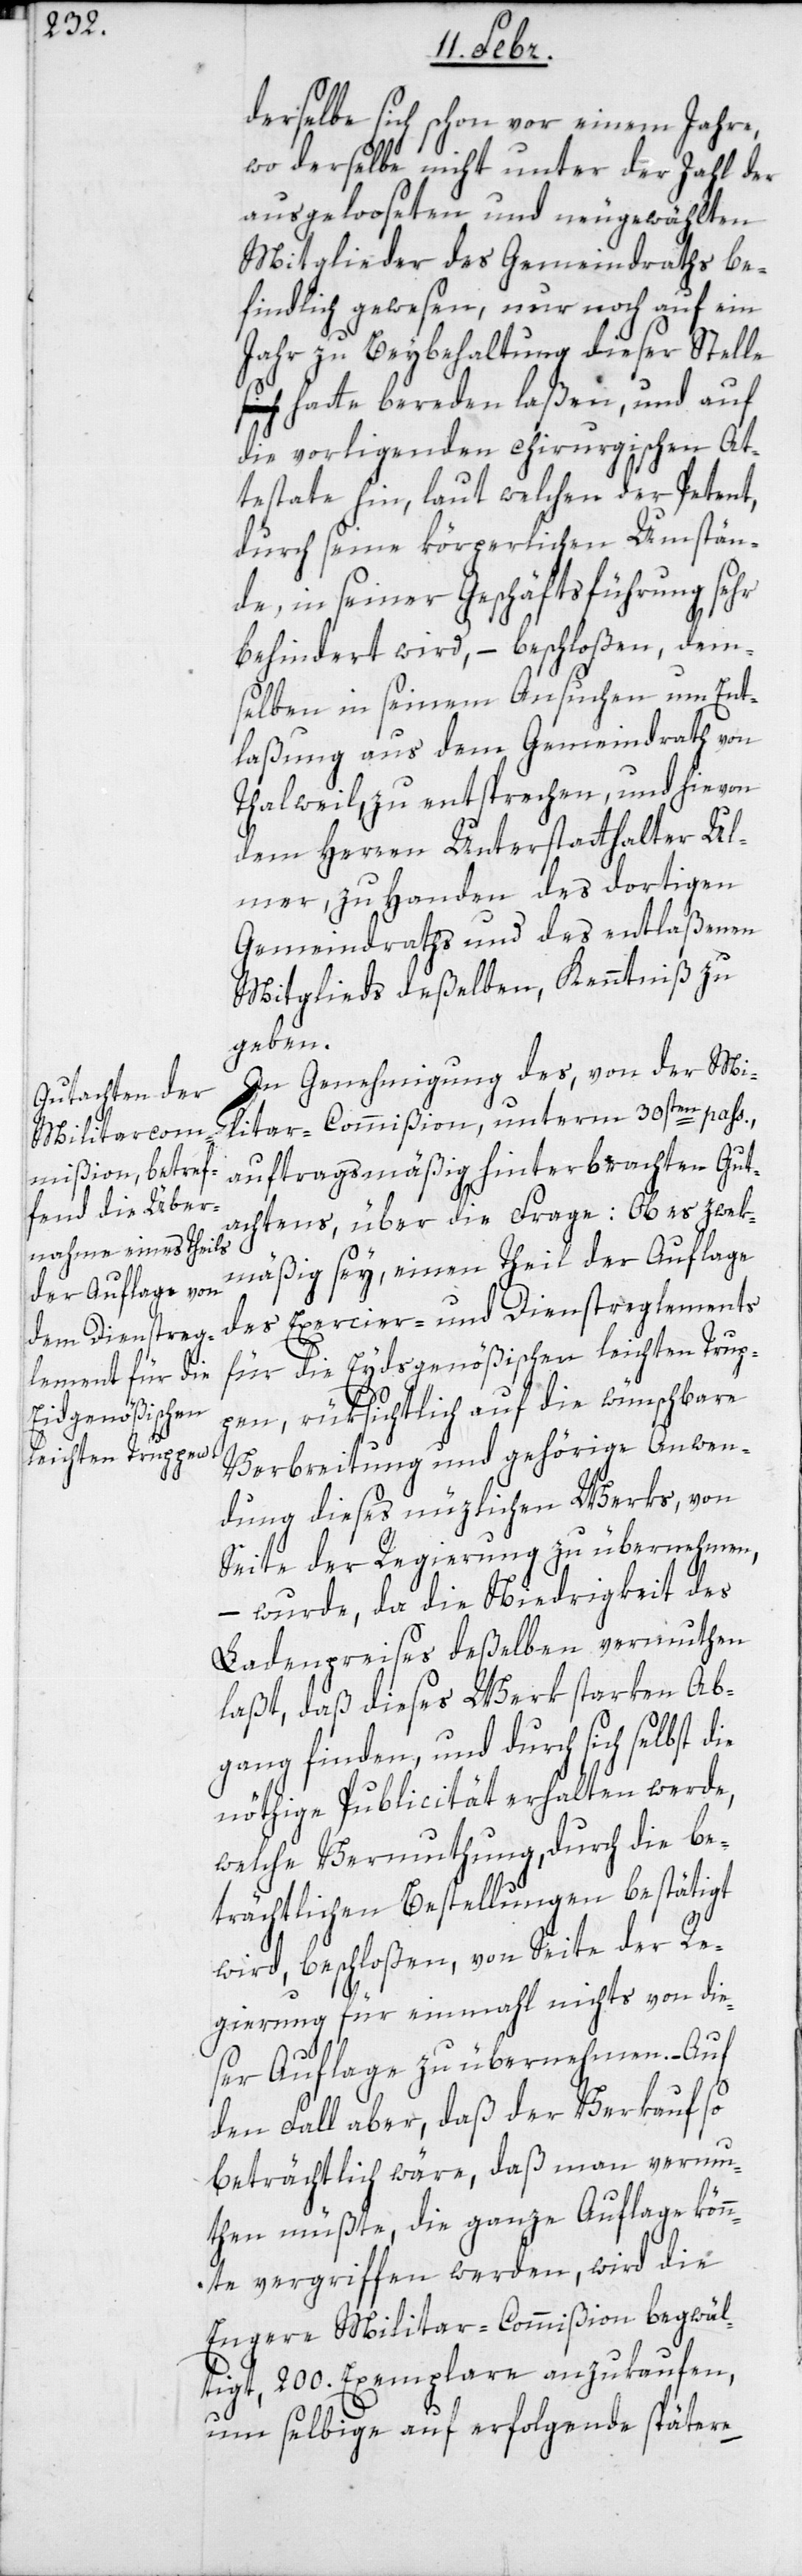
derselbe sich schon vor einem Jahre,
wo derselbe nicht unter der Zahl der
ausgelooseten und neu gewählten
Mitglieder des Gemeindraths be¬
findlich gewesen, nur noch auf ein
Jahr zu Beybehaltung dieser Stelle
hatte bereden laßen, und auf
die vorligenden chirurgischen At¬
testate hin, laut welchen der Petent,
durch seine körperlichen Umstän¬
de in seiner Geschäftsführung sehr
behindert wird, – beschloßen, dem¬
selben in seinem Ansuchen um Ent¬
laßung aus dem Gemeindrath von
Thalweil, zu entsprechen, und hievon
dem Herren Unterstatthalter Ul¬
mer, zu Handen des dortigen
Gemeindraths und des entlaßenen
Mitglieds deßelben, Kenntniß zu
geben.
In Genehmigung des, von der Mi¬
litar-Commißion, unterm 30sten pass.,
auftragsmäßig hinterbrachten Gut¬
achtens, über die Frage: Ob es zwek¬
mäßig sey, einen Theil der Auflage
des Exercier- und Dienstreglements
für die Eydsgenößischen leichten Trup¬
pen, rüksichtlich auf wünschbare
Verbreitung und gehörige Anwen¬
dung dieses nüzlichen Werks, von
Seite der Regierung zu übernehmen,
wurde, da die Niedrigkeit des
Ladenpreises deßelben vermuthen
laßt, daß dieses Werk starken Ab¬
gang finden, und durch sich selbst die
nöthige Publicität erhalten werde,
welche Vermuthung, durch die be¬
trächtlichen Bestellungen bestätigt
wird, beschloßen, von Seite der Re¬
gierung für einmahl nichts von die¬
ser Auflage zu übernehmen. – Auf
den Fall aber, daß der Verkauf so
beträchtlich wäre, daß man vermu¬
ten müßte, die ganze Auflage könn¬
te vergriffen werden, wird die
Engere Militar-Commißion begwäl¬
tigt, 200. Exemplare anzukaufen,
um selbige auf erfolgende spätere